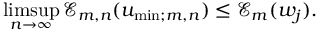
\operatorname* { l i m s u p } _ { n \to \infty } \mathcal { E } _ { m , n } ( u _ { \mathrm { m i n } ; m , n } ) \leq \mathcal { E } _ { m } ( w _ { j } ) .